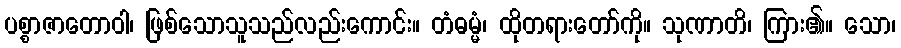
ပစ္စာဇာတောဝါ၊ ဖြစ်သောသူသည်လည်းကောင်း။ တံဓမ္မံ၊ ထိုတရားတော်ကို။ သုဏာတိ၊ ကြား၏။ သော၊